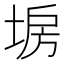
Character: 𡍀